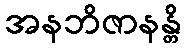
အနဘိဇာနန္တိ